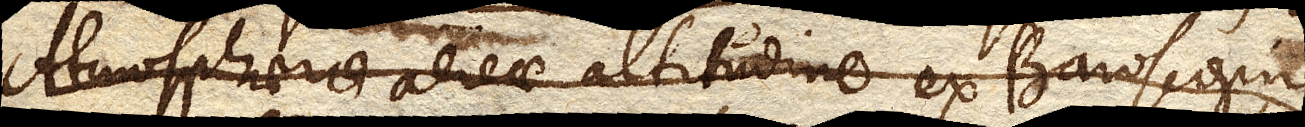
Atmosphaerae aereae altitudine ex Baroscopio